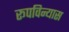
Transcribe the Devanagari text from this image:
रूपविन्यास